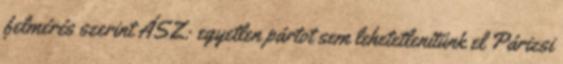
felmérés szerint ÁSZ: egyetlen pártot sem lehetetlenítünk el Párizsi